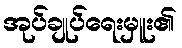
အုပ်ချုပ်ရေးမှူး၏